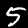
Label: 5